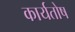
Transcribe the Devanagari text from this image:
कार्यतोष